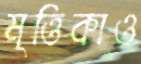
মৃত্তিকাও